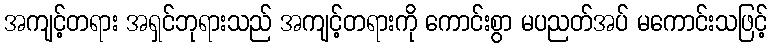
အကျင့်တရား အရှင်ဘုရားသည် အကျင့်တရားကို ကောင်းစွာ မပညတ်အပ် မကောင်းသဖြင့်